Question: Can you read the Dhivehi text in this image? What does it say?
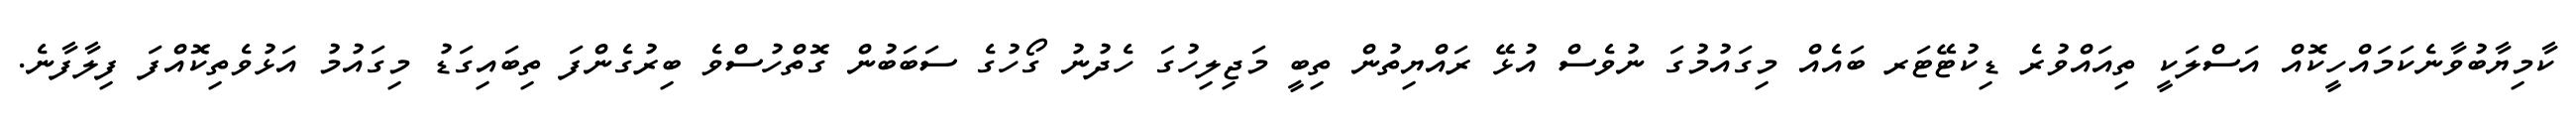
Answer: ކާމިޔާބުވާނެކަމައްހީކޮއް އަސްލަކީ ތިއައްވުރެ ޑިކުޓޭޓަރ ބައެއް މިގައުމުގަ ނުވެސް އުޅޭ ރައްޔިތުން ތިބީ މަޖިލިހުގަ ހެދުނު ގޯހުގެ ސަބަބުން ގޮތްހުސްވެ ބިރުގެންފަ ތިބައިގަޑު މިގައުމު އަޅުވެތިކޮއްފަ ފިލާފާނެ.